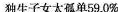
独生子女太孤单59.0%